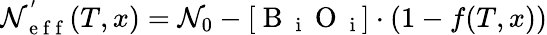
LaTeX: \mathcal{N}_{\mathrm{{~e~f~f~}}}^{'}(T,x)=\mathcal{N}_{0}-[\mathrm{{~B~}}_{\mathrm{{~i~}}}\mathrm{{~O~}}_{\mathrm{{~i~}}}]\cdot(1-f(T,x))